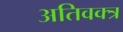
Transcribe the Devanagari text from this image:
अतिवक्त्र